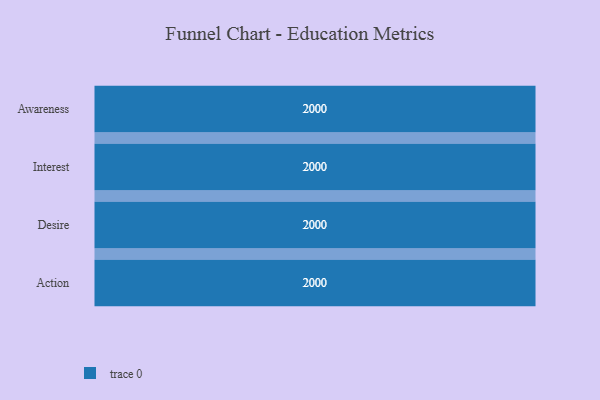
{"axis": {"x": "Stage", "y": "Value"}, "legend": [""], "data": [{"x": "Awareness", "y": 2000, "type": ""}, {"x": "Interest", "y": 2000, "type": ""}, {"x": "Desire", "y": 2000, "type": ""}, {"x": "Action", "y": 2000, "type": ""}]}